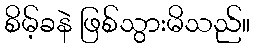
စိမ့်ခနဲ ဖြစ်သွားမိသည်။